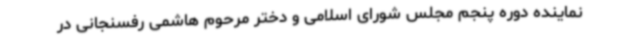
نماینده دوره پنجم مجلس شورای اسلامی و دختر مرحوم هاشمی رفسنجانی در